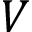
V